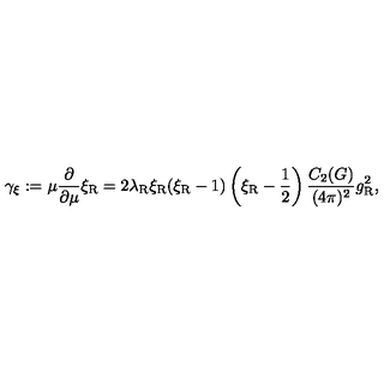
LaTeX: \gamma _ { \xi } : = \mu \frac \partial { \partial \mu } \xi _ { \mathrm { R } } = 2 \lambda _ { \mathrm { R } } \xi _ { \mathrm { R } } ( \xi _ { \mathrm { R } } - 1 ) \left( \xi _ { \mathrm { R } } - { \frac { 1 } { 2 } } \right) \frac { C _ { 2 } ( G ) } { ( 4 \pi ) ^ { 2 } } g _ { \mathrm { R } } ^ { 2 } ,